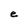
Character: e